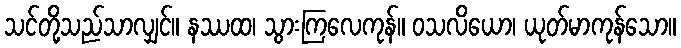
သင်တို့သည်သာလျှင်။ နဿထ၊ သွားကြလေကုန်။ ဝသလိယော၊ ယုတ်မာကုန်သော။